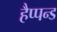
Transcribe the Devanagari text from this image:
हैप्पन्ड